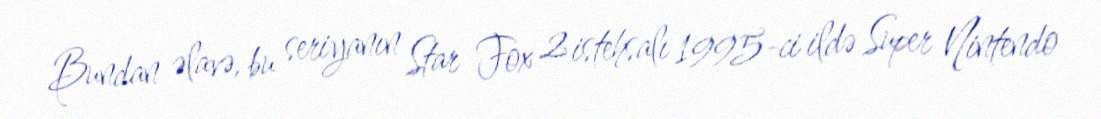
Bundan əlavə, bu seriyanın Star Fox 2 istehsalı 1995-ci ildə Super Nintendo